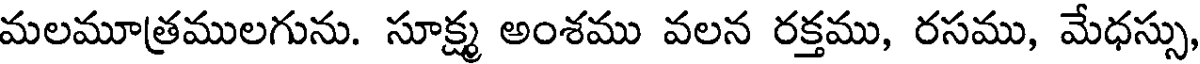
మలమూత్రములగును. సూక్ష్మ అంశము వలన రక్తము, రసము, మేధస్సు,